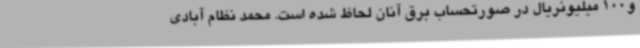
و100 میلیونریال در صورتحساب برق آنان لحاظ شده است. محمد نظام آبادی